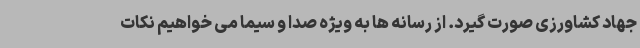
جهاد کشاورزی صورت گیرد. از رسانه ها به ویژه صدا و سیما می خواهیم نکات